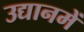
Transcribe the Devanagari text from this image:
उद्यानमें